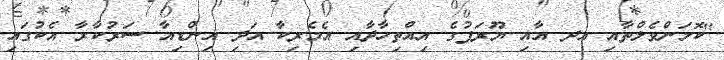
"ކޮމަންވެލްތާއި އދ އާއި ޔޫރަޕުގެ އިއްތިހާދާއި އެމެރިކާ އަދި އިންޑިއާ ސަރުކާރާ އެކުގައި